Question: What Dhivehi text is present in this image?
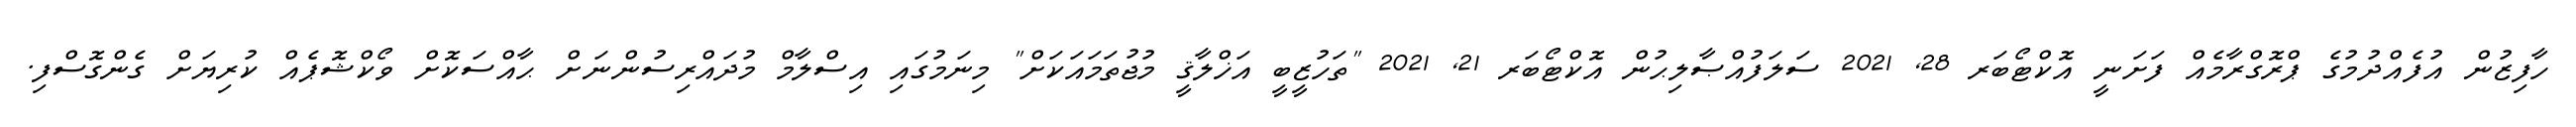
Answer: ހާފިޒުން އުފެއްދުމުގެ ޕްރޮގްރާމެއް ފަށަނީ އޮކްޓޯބަރ 28, 2021 ސަލަފުއްޞާލިޙުން އޮކްޓޯބަރ 21, 2021 "ތަހުޒީބީ އަޚްލާޤީ މުޖުތަމައަކަށް" މިނަމުގައި އިސްލާމް މުދައްރިސުންނަށް ޙާއްސަކޮށް ވޯކްޝޮޕެއް ކުރިޔަށް ގެންގޮސްފި.